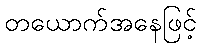
တယောက်အနေဖြင့်